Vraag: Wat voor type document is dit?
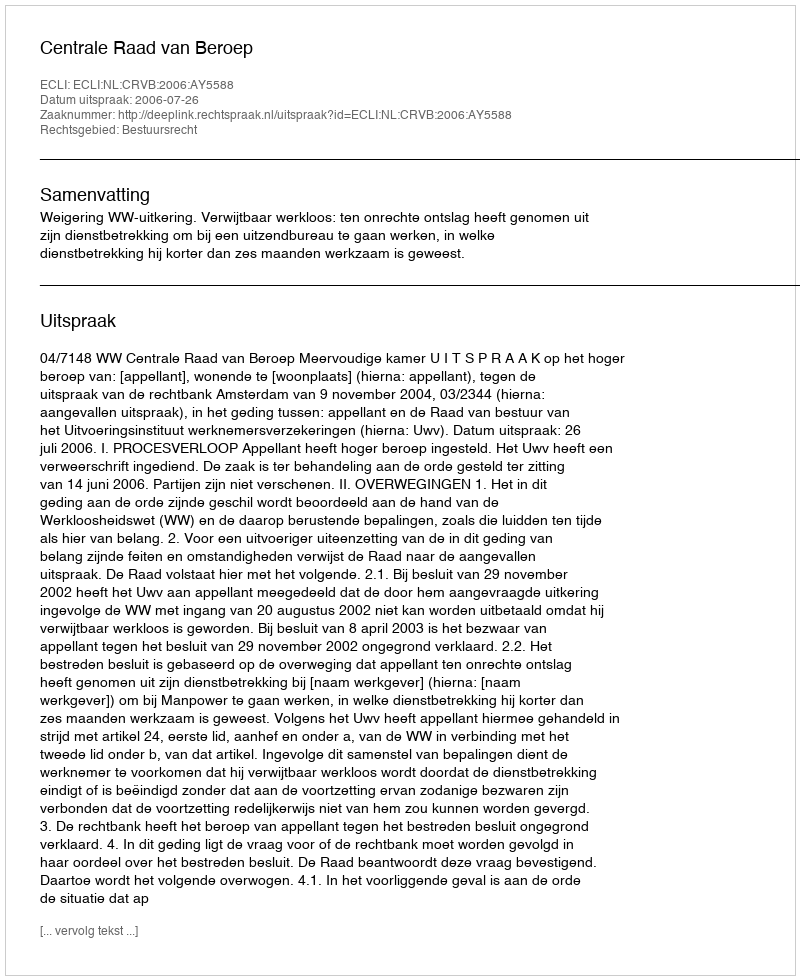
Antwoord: Uitspraak